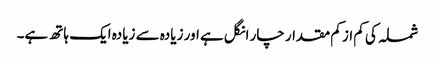
شملہ کی کم از کم مقدار چار انگل ہے اور زیادہ سے زیادہ ایک ہاتھ ہے۔